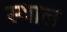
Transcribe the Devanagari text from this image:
स्‍थाल